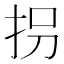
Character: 拐